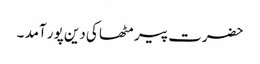
حضرت پیر مٹھا کی دین پور آمد ۔